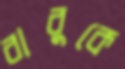
বাবুকে